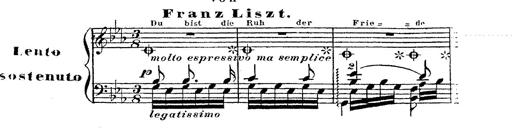
Title: 12 Lieder von Franz Schubert
Composer: Franz Liszt